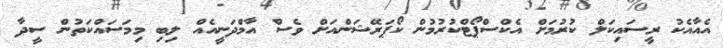
އެއާއެކު ރީސައިކަލް ކުރުމަށް އެކްސްޕޯޓްކުރުމުން ކޯޕަރޭޝަންއަށް ވެސް އާމްދަނީއެއް ލިބި މިމަސައްކަތުން ސީދާ